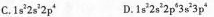
C.1s^{2}2s^{2}2p^{4} D.1s^{2}2s^{2}2p^{6}3s^{2}3p^{4}